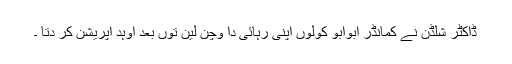
ڈاکٹر شلڈن نے کمانڈر ابوابو کولوں اپنی رہائی دا وچن لین توں بعد اوہد آپریشن کر دتا ۔